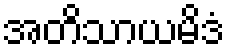
အတိသာယမိဒံ